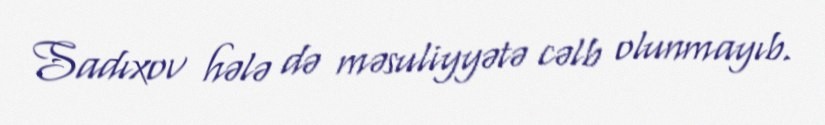
Sadıxov hələ də məsuliyyətə cəlb olunmayıb.